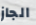
الجاز